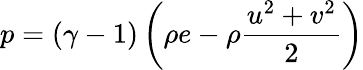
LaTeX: p=(\gamma-1)\left(\rho e-\rho\frac{u^{2}+v^{2}}{2}\right)